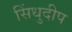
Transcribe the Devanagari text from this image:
सिंधुदीप